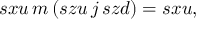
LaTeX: s x u \, m \, ( s z u \, j \, s z d ) = s x u ,